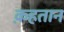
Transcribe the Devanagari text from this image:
क़हतान